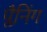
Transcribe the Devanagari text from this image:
प्लैनिंग